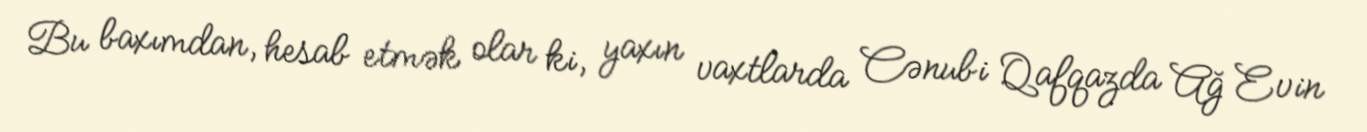
Bu baxımdan, hesab etmək olar ki, yaxın vaxtlarda Cənubi Qafqazda Ağ Evin